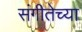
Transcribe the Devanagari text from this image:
संगीतेच्या